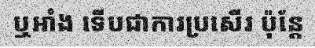
ឬអាំង ទើបជាការប្រសើរ ប៉ុន្តែ